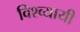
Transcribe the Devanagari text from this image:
विश्व्यायी